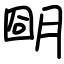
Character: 朙